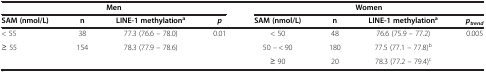
<table><thead><tr><td colspan="4"><b>Men</b></td><td colspan="4"><b>Women</b></td></tr><tr><td><b>SAM (nmol/L)</b></td><td><b>n</b></td><td><b>LINE-1 methylation<sup>a</sup></b></td><td><b><i>p</i></b></td><td><b>SAM (nmol/L)</b></td><td><b>n</b></td><td><b>LINE-1 methylation<sup>a</sup></b></td><td><b><i>p</i><sub><i>trend</i></sub></b></td></tr></thead><tbody><tr><td>&lt; 55</td><td>38</td><td>77.3 (76.6 – 78.0)</td><td>0.01</td><td>&lt; 50</td><td>48</td><td>76.6 (75.9 – 77.2)</td><td>0.005</td></tr><tr><td>≥ 55</td><td>154</td><td>78.3 (77.9 – 78.6)</td><td> </td><td>50 – &lt; 90</td><td>180</td><td>77.5 (77.1 – 77.8)<sup>b</sup></td><td> </td></tr><tr><td> </td><td> </td><td> </td><td> </td><td>≥ 90</td><td>20</td><td>78.3 (77.2 – 79.4)<sup>c</sup></td><td> </td></tr></tbody></table>